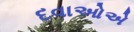
દવાઓએ